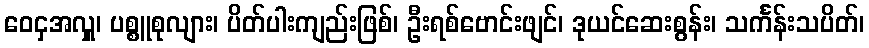
ဝေငှအလှူ၊ ပစ္စူစုလျား၊ ပိတ်ပါးကျည်းဖြစ်၊ ဦးရစ်ဗောင်းဖျင်၊ ဒုယင်ဆေးစွန်း၊ သင်္ကန်းသပိတ်၊